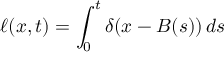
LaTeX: \ell ( x , t ) = \int _ { 0 } ^ { t } \delta ( x - B ( s ) ) \, d s